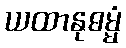
ယထာနုဓမ္မံ